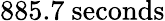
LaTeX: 885.7\ \mathrm{seconds}